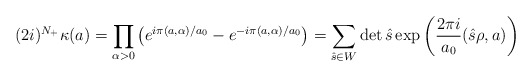
\begin{align*}(2i)^{N_+}\kappa (a)=\prod\limits_{\alpha >0}^{}\left( e^{i\pi (a,\alpha )/a_0}-e^{-i\pi (a,\alpha)/a_0}\right)=\sum\limits_{\hat{s}\in W}^{} \det \hat{s}\exp \left(\frac{2\pi i}{a_0}(\hat{s}\rho ,a)\right)\end{align*}